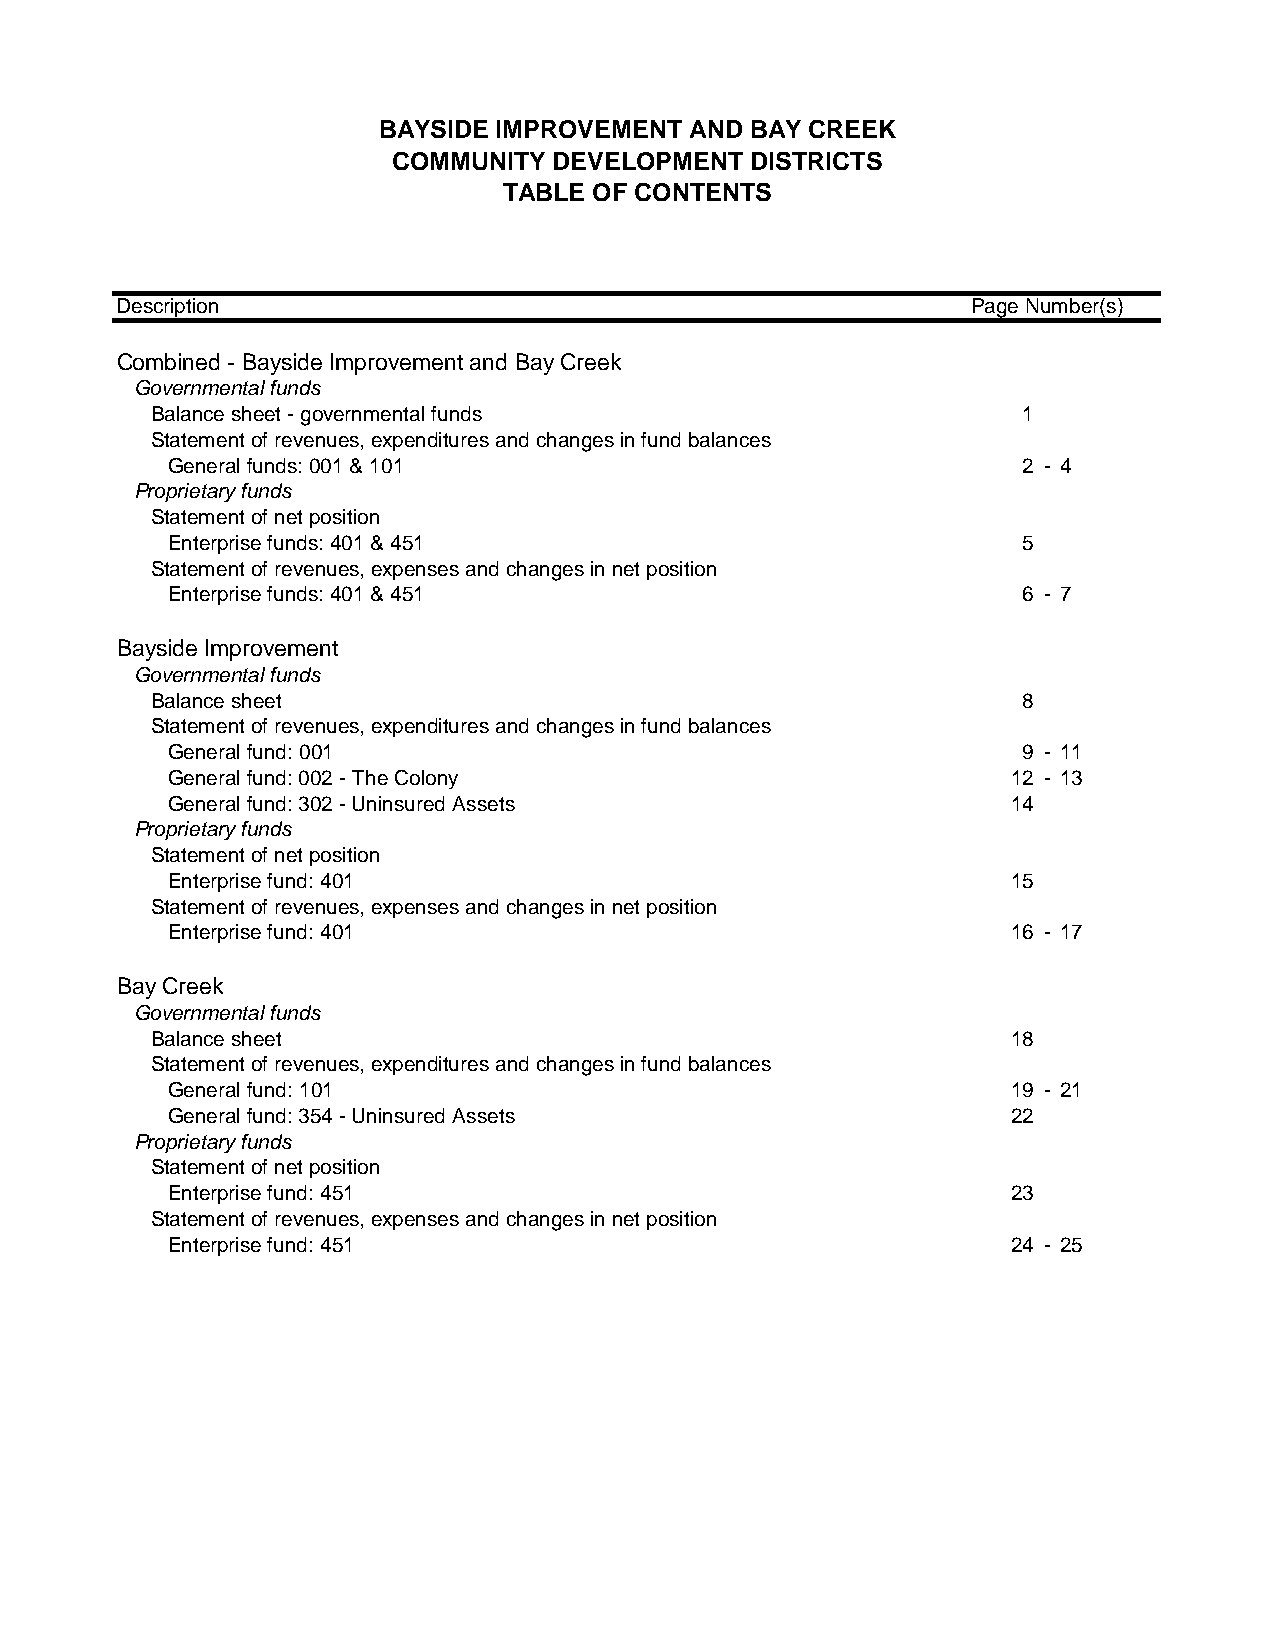
BAYSIDE IMPROVEMENT  AND BAY CREEK
 COMMUNITY  DEVELOPMENT  DISTRICTS
 TABLE OF CONTENTS
 Description                                             Page Number(s)
 Combined - Bayside Improvement and Bay Creek
 Governmental funds
 Balance sheet - governmental funds                        1
 Statement of revenues, expenditures and changes in fund balances
 General funds: 001 & 101                                 2 - 4
 Proprietary funds
 Statement of net position
 Enterprise funds: 401 & 451                              5
 Statement of revenues, expenses and changes in net position
 Enterprise funds: 401 & 451                              6 - 7
 Bayside Improvement
 Governmental funds
 Balance sheet                                             8
 Statement of revenues, expenditures and changes in fund balances
 General fund: 001                                        9 - 11
 General fund: 002 - The Colony                          12 - 13
 General fund: 302 - Uninsured Assets                    14
 Proprietary funds
 Statement of net position
 Enterprise fund: 401                                    15
 Statement of revenues, expenses and changes in net position
 Enterprise fund: 401                                    16 - 17
 Bay Creek
 Governmental funds
 Balance sheet                                            18
 Statement of revenues, expenditures and changes in fund balances
 General fund: 101                                       19 - 21
 General fund: 354 - Uninsured Assets                    22
 Proprietary funds
 Statement of net position
 Enterprise fund: 451                                    23
 Statement of revenues, expenses and changes in net position
 Enterprise fund: 451                                    24 - 25